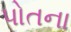
પોતના